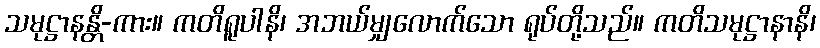
သမုဋ္ဌာနန္တိ-ကား။ ကတိရူပါနိ၊ အဘယ်မျှလောက်သော ရုပ်တို့သည်။ ကတိသမုဋ္ဌာနာနိ၊